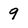
Character: 9